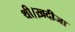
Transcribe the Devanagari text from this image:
थी।ख़दीजा